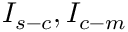
I _ { s - c } , I _ { c - m }